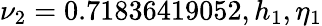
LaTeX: \nu_{2}=0.71836419052,h_{1},\eta_{1}